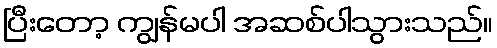
ပြီးတော့ ကျွန်မပါ အဆစ်ပါသွားသည်။